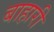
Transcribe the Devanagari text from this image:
बाहारी